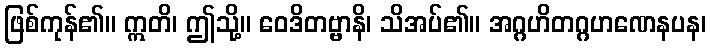
ဖြစ်ကုန်၏။ ဣတိ၊ ဤသို့။ ဝေဒိတဗ္ဗာနိ၊ သိအပ်၏။ အဂ္ဂဟိတဂ္ဂဟဏေနပန၊